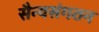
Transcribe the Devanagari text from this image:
सैन्यसंगठन